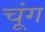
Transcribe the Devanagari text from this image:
चूंग